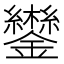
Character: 𮣩